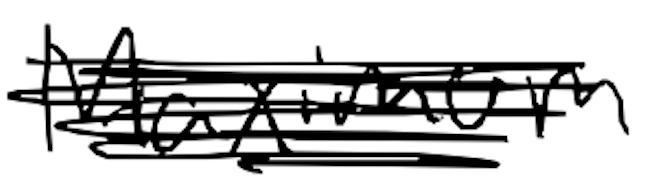
Text: Maximum
Cross-out: scratch
Writing tool: digital_black